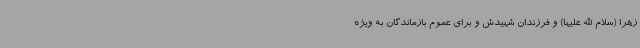
زهرا (سلام الله علیها) و فرزندان شهیدش و برای عموم بازماندگان به ویژه